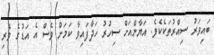
ބައިވަރު ސިއްރުތަކެކެވެ. އަޔާންއަށް ސިހުރު ހަދާފައިވާ ކަމަށް ވެސް އެ އަޑުގެ ވެރި